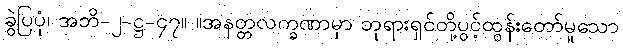
ခွဲပြပုံ၊ အဘိ-၂-ဋ္ဌ-၄၇။ ။အနတ္တလက္ခဏာမှာ ဘုရားရှင်တို့ပွင့်ထွန်းတော်မူသော